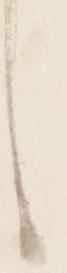
し